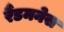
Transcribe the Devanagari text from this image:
रैंडमनेस